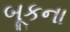
બૂકના